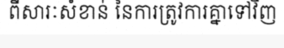
ពីសារៈសំខាន់ នៃការត្រូវការគ្នាទៅវិញ